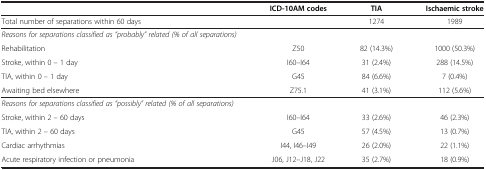
<table><thead><tr><td><b> </b></td><td><b>ICD-10AM codes</b></td><td><b>TIA</b></td><td><b>Ischaemic stroke</b></td></tr></thead><tbody><tr><td>Total number of separations within 60 days</td><td> </td><td>1274</td><td>1989</td></tr><tr><td><i>Reasons for separations classified as “probably” related (% of all separations)</i></td><td> </td><td> </td><td> </td></tr><tr><td>Rehabilitation</td><td>Z50</td><td>82 (14.3%)</td><td>1000 (50.3%)</td></tr><tr><td>Stroke, within 0 – 1 day</td><td>I60–I64</td><td>31 (2.4%)</td><td>288 (14.5%)</td></tr><tr><td>TIA, within 0 – 1 day</td><td>G45</td><td>84 (6.6%)</td><td>7 (0.4%)</td></tr><tr><td>Awaiting bed elsewhere</td><td>Z75.1</td><td>41 (3.1%)</td><td>112 (5.6%)</td></tr><tr><td><i>Reasons for separations classified as “possibly” related (% of all separations)</i></td><td> </td><td> </td><td> </td></tr><tr><td>Stroke, within 2 – 60 days</td><td>I60–I64</td><td>33 (2.6%)</td><td>46 (2.3%)</td></tr><tr><td>TIA, within 2 – 60 days</td><td>G45</td><td>57 (4.5%)</td><td>13 (0.7%)</td></tr><tr><td>Cardiac arrhythmias</td><td>I44, I46–I49</td><td>26 (2.0%)</td><td>22 (1.1%)</td></tr><tr><td>Acute respiratory infection or pneumonia</td><td>J06, J12–J18, J22</td><td>35 (2.7%)</td><td>18 (0.9%)</td></tr></tbody></table>